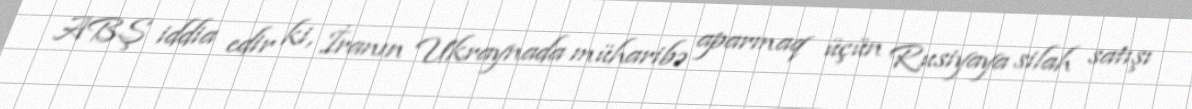
ABŞ iddia edir ki, İranın Ukraynada müharibə aparmaq üçün Rusiyaya silah satışı